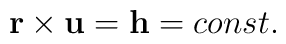
\mathbf{r}\times \mathbf{u}=\mathbf{h}=const.